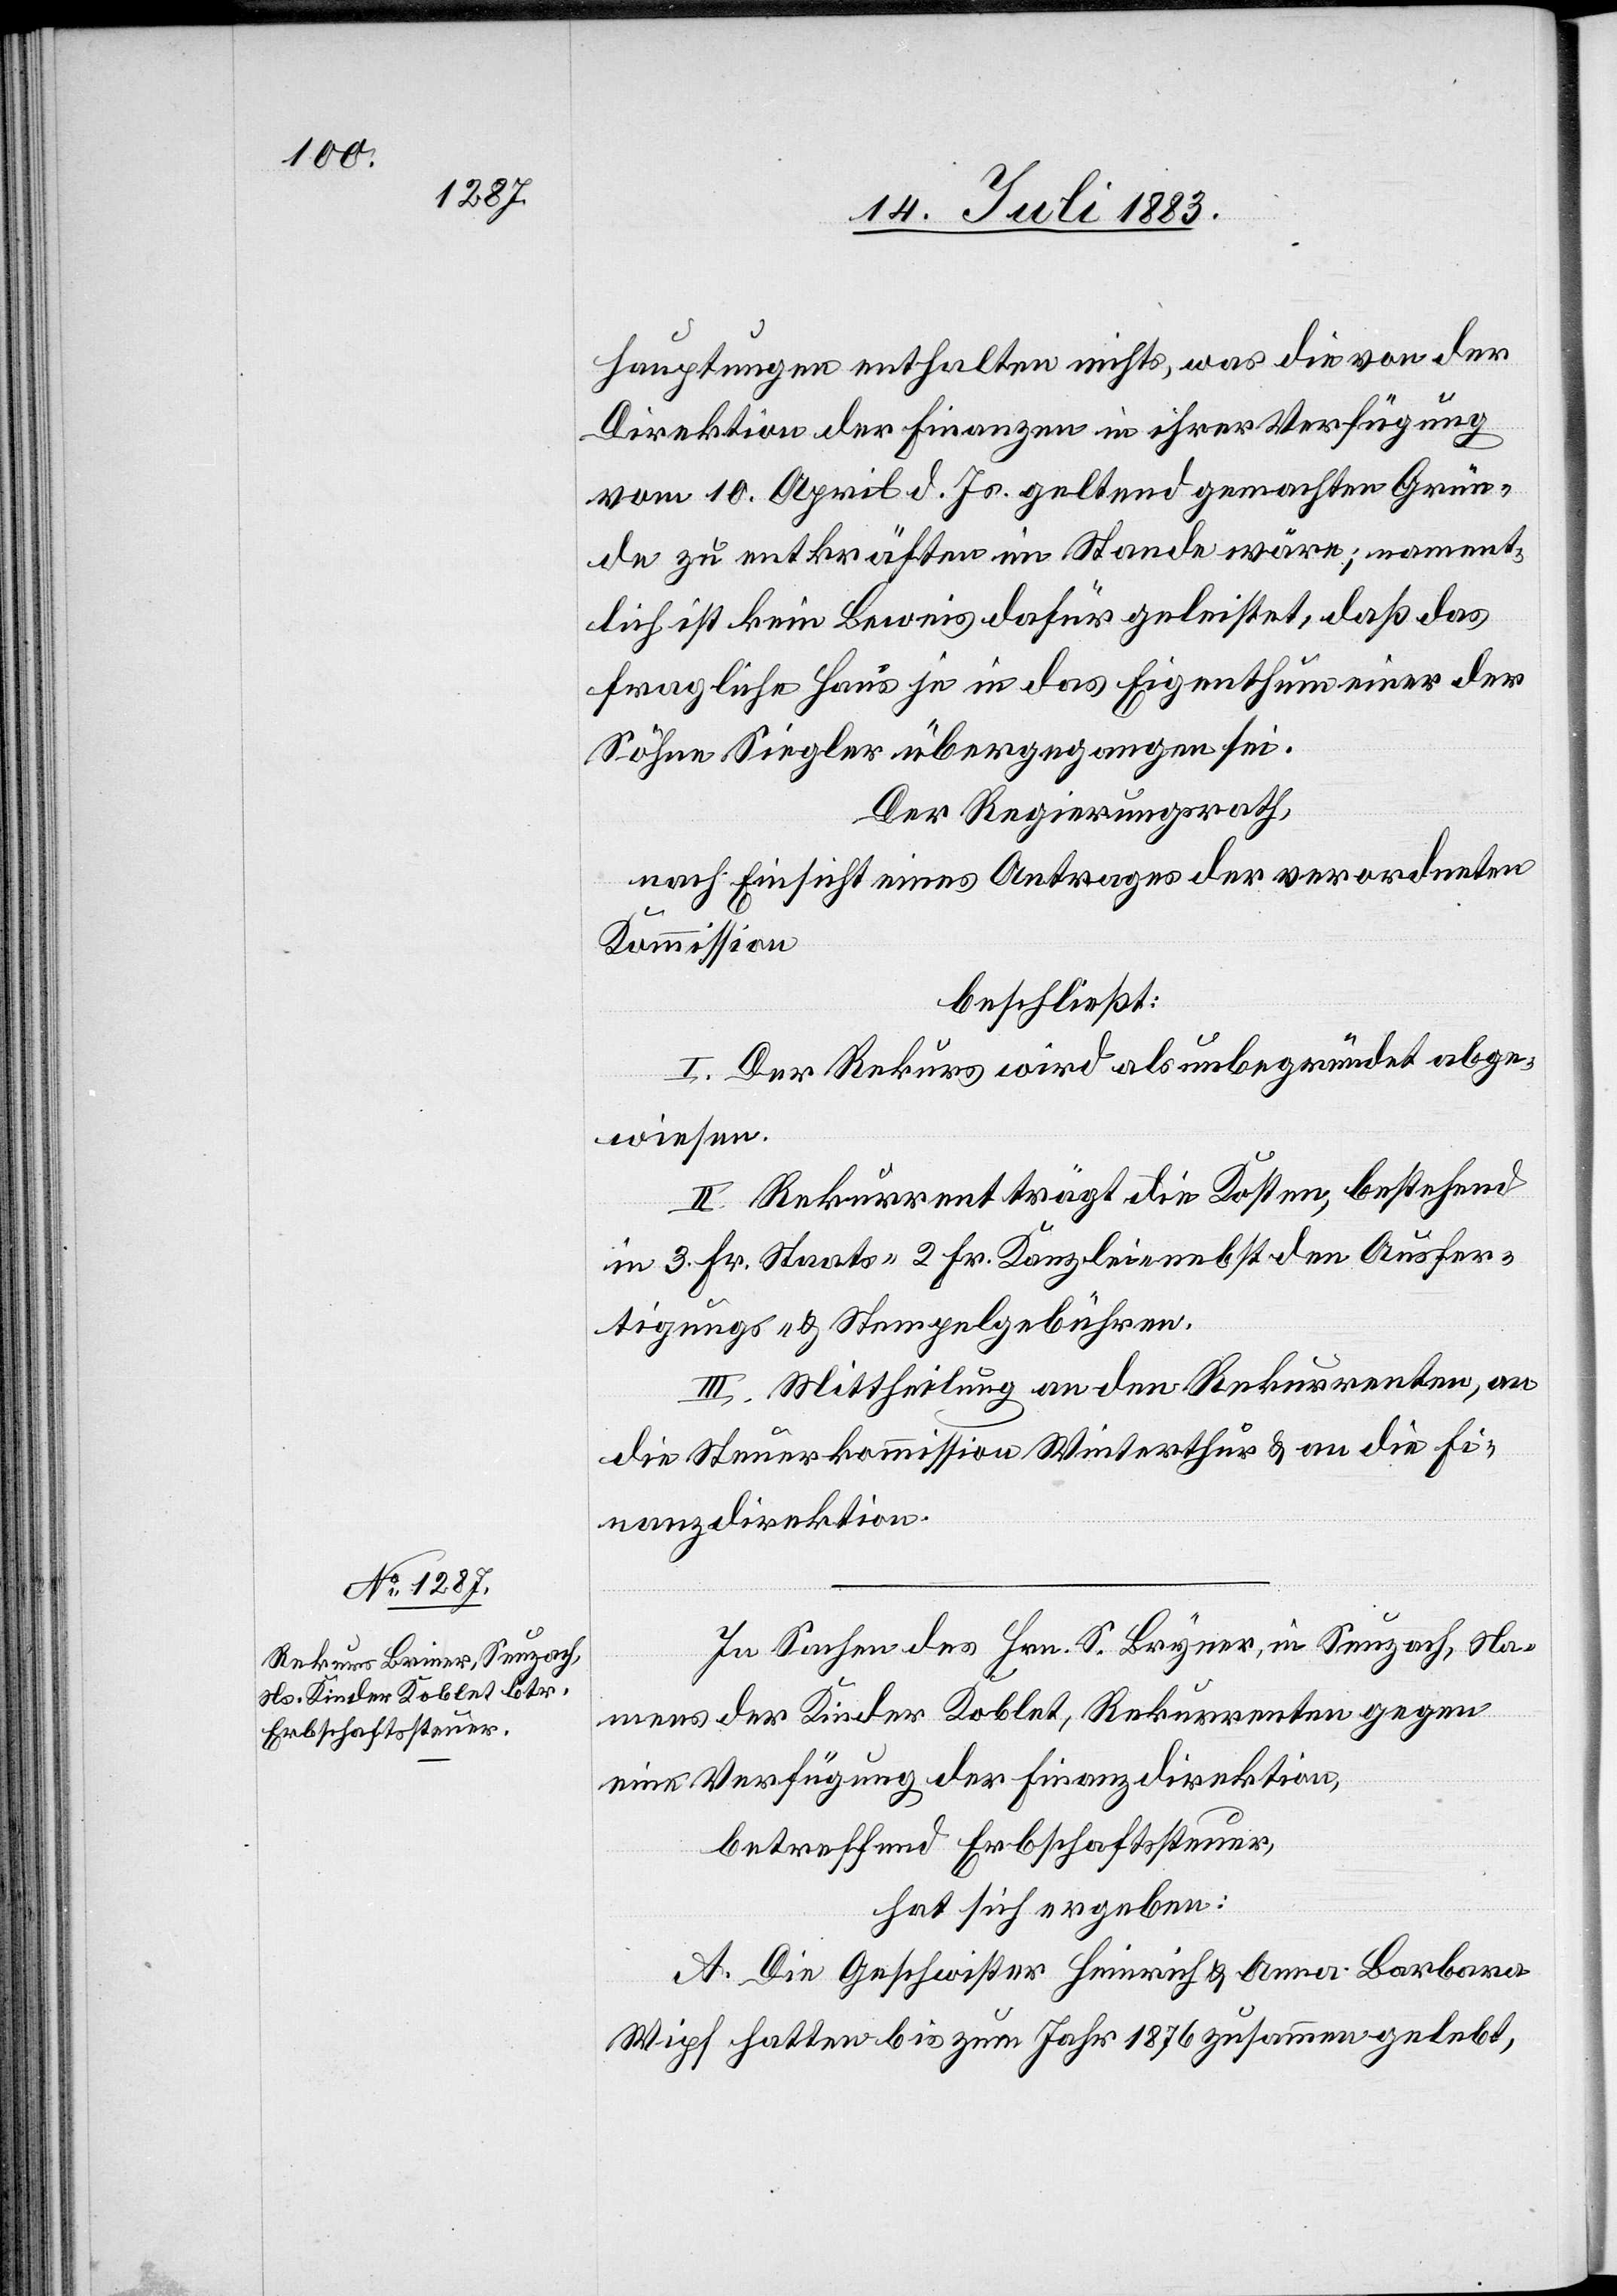
hauptungen enthalten nichts, was die von der
Direktion der Finanzen in ihrer Verfügung
vom 10. April d. Js. geltend gemachten Grün¬
de zu entkräften im Stande wäre; nament¬
lich ist kein Beweis dafür geleistet, daß das
fragliche Haus je in das Eigenthum einer der
Söhne Siegler übergegangen sei.
Der Regierungsrath,
nach Einsicht eines Antrages der verordneten
Kommission,
beschließt:
I. Der Rekurs wird als unbegründet abge¬
wiesen.
II. Rekurrent trägt die Kosten, bestehend
in 3 Fr. Staats-[,] 2 Fr. Kanzlei- nebst den Ausfer¬
tigungs- & Stempelgebühren.
III. Mittheilung an den Rekurrenten, an
die Steuerkommission Winterthur & an die Fi¬
nanzdirektion.
In Sachen des Hrn. S. Bryner [sic!], in Seuzach, Na¬
mens der Kinder Koblet, Rekurrenten gegen
eine Verfügung der Finanzdirektion,
betreffend Erbschaftssteuer,
hat sich ergeben:
A. Die Geschwister Heinrich & Anna Barbara
Wipf hatten bis zum Jahr 1876 zusammen gelebt,